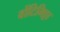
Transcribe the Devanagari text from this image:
वोंटिमिट्टा